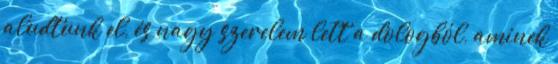
aludtunk el, és nagy szerelem lett a dologból, aminek